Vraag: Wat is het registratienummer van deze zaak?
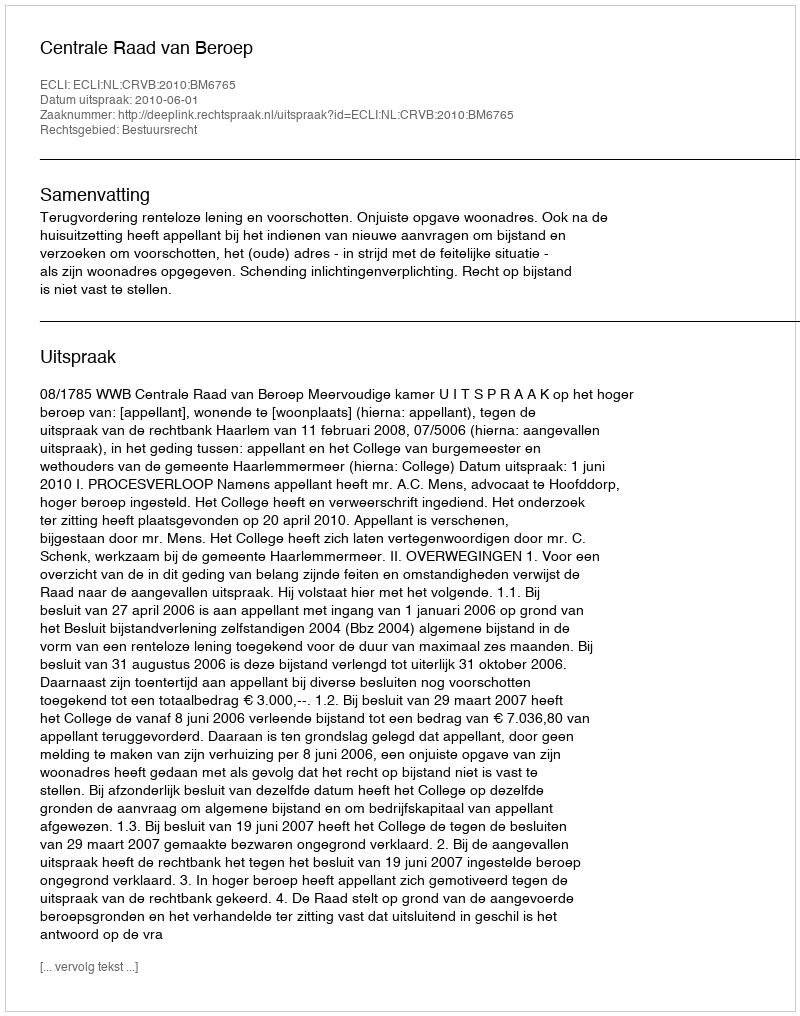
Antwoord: http://deeplink.rechtspraak.nl/uitspraak?id=ECLI:NL:CRVB:2010:BM6765